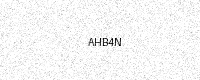
Text: AHB4N